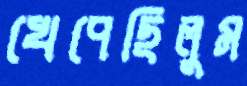
খেপেছিলুম